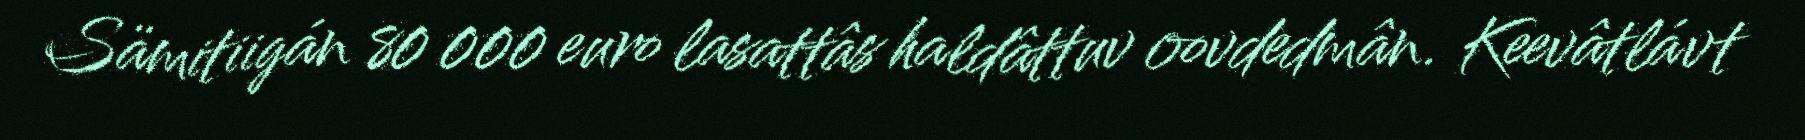
Sämitiigán 80 000 euro lasattâs haldâttuv oovdedmân. Keevâtlávt